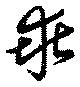
乖